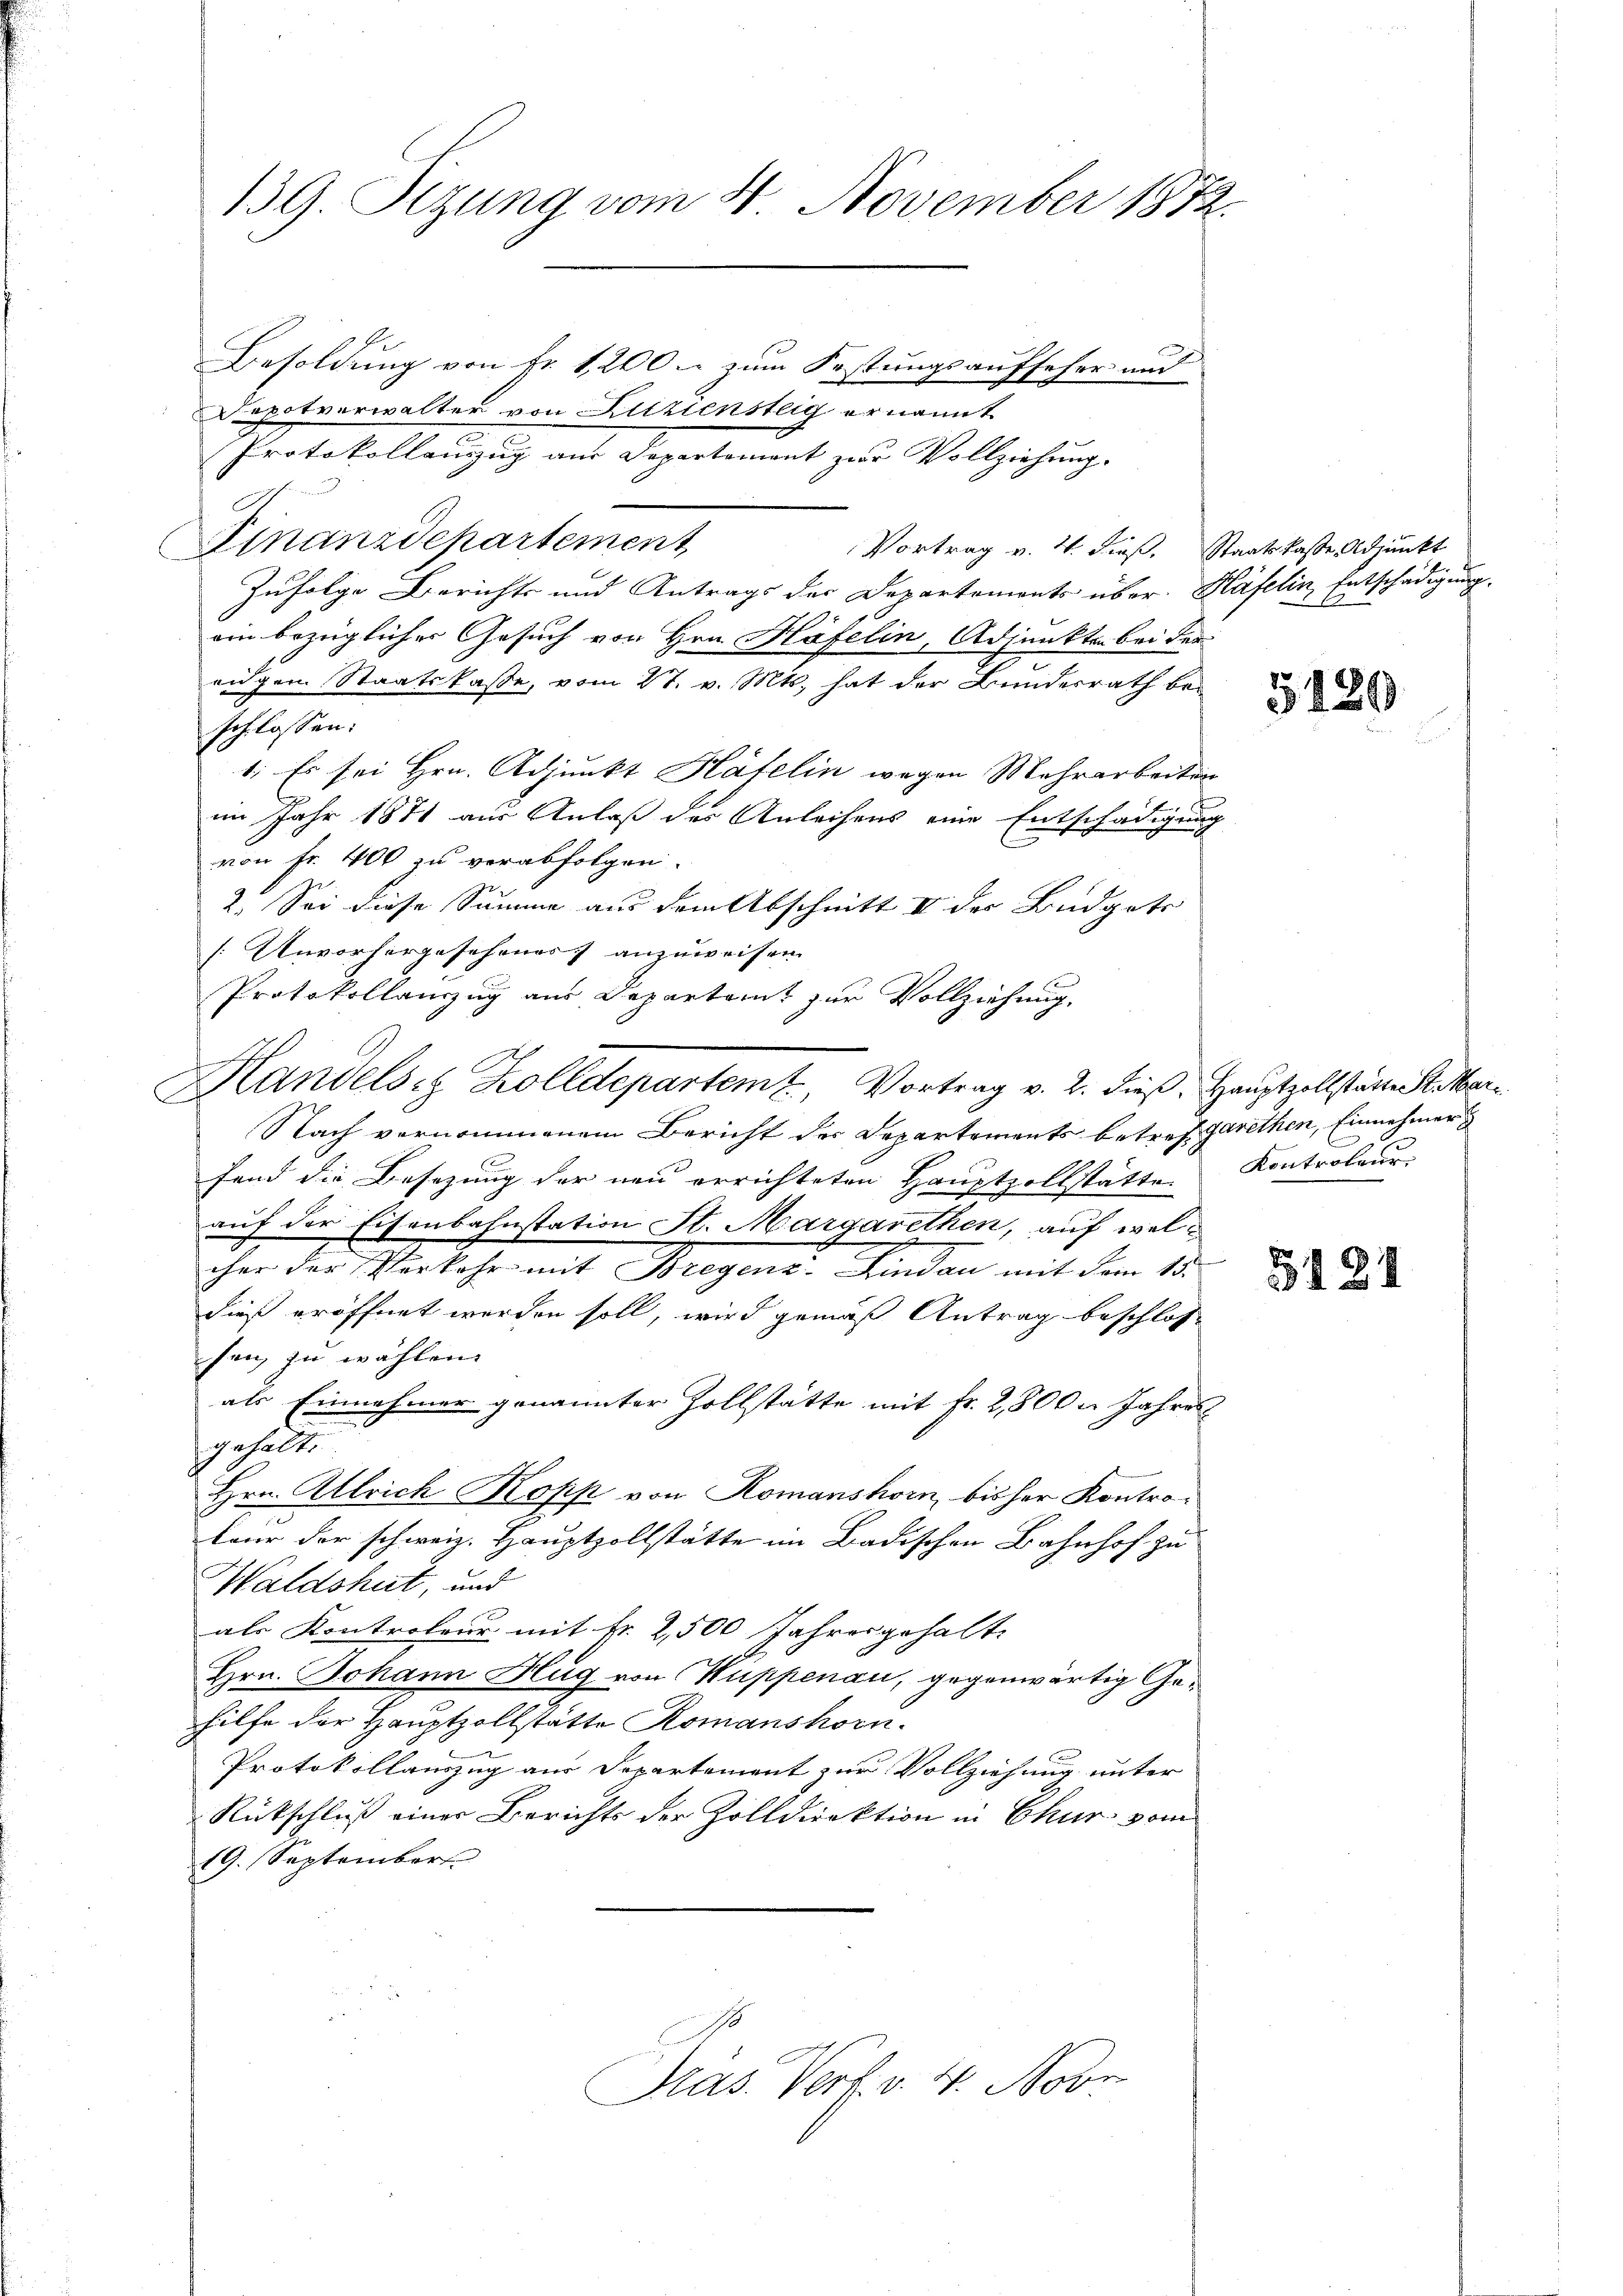
139. Dezung vom 4. November 1872.
Besoldung von Fr. 1200. zum Festungsaufseher und

Dopotverwalter von Litziensteig ernannt
Protokollanzzug am Departement zur Vollziehung.
J
Finanzdepartement
Vortrag v. 4. dieß. Staatskasse Adjunkt
Zufolge Berichts und Antrags der Departements über. Häfelin Entschädigung.
ein bezüglicher Gesuch von Hrn. Häfelin, Adjunkten bei der
eigem Staatskasse, vom 27. v. Mts. hat der Bunderrath beschlossen:
1. Es sei Hrn. Adjunkt Häfelin wegen Mehrarbeiten
im Jahr 1871 aus Anlaß der Anleihens eine Entschädigung
von Fr. 400 zu verabfolgen.
2. Sei diese Summe aus dem Abschnitt II der Budgets
[Unvorhergeschenes anzuweisen.
Protokollanzug aus Departamt zur Vollziehung.
Handels Kolldepartemt, Vortrag v. 2. dieβ. Haŭptzollstätten Mar¬
Nach vernommenem Bericht der Departements betref garethen, Einnehmer
fand die Besezung der neu errichteten Hauptzollstätten Kontroleurs
auf der Eisenbahnstation St. Margarethen, auf welcher der Verkehr mit Bregenz, Lindau mit dem 15.
dieß eröffnet worden soll, wird gemäß Antrag beschlos
sen zu wählen. |
als Einnahmer genannter Zollstätte mit Fr. 28000 Jahres
gehalt
Hrn. Allrich Kopp von Romanshorn, bisher Kontro-
teur der schweiz. Hauptzollstätte im Badischen Bahnhof zu
Waldshut, und
als Kontroleur mit fr. 2,500 Jahresgehalt
Hrn. Johann Hug von Kuppenau, gegenwärtig Gehilfe der Hauptzollstätte Romanshorn.
Protokollauszug aus Departement zur Vollziehung unter
Rückschluß einer Berichts der Zolldirektion in Chur vom
19. September
Kras. Verf. v. 4. Nove

5120

5121